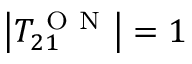
\left| T _ { 2 1 } ^ { \mathrm { ~ O ~ N ~ } } \right| = 1